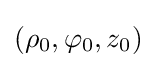
(\rho _{0},\varphi _{0},z_{0})